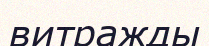
витражды